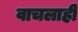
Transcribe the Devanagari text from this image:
वाचलाही